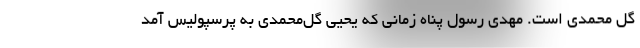
گل محمدی است. مهدی رسول پناه زمانی که یحیی گل‌محمدی به پرسپولیس آمد